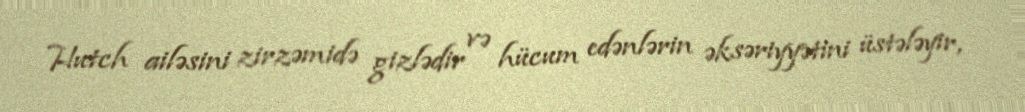
Hutch ailəsini zirzəmidə gizlədir və hücum edənlərin əksəriyyətini üstələyir,